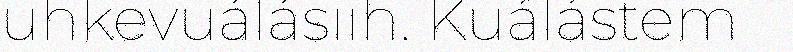
uhkevuálásiih. Kuálástem